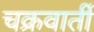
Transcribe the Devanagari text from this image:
चक्रवार्ती